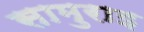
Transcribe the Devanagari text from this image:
सामुराइ